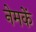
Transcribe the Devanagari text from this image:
नेमकें